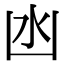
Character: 凼